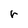
Character: r